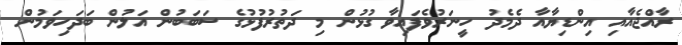
ރާއްޖެއާއި އިންޑިޔާއާ ދެމެދު ހީނަރުވެފައިވާ ގުޅުން މި ދަތުރުފުޅުގެ ސަބަބުން އަލުން ބަދަހިވަމުން